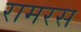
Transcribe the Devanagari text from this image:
रामरस